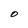
Character: O